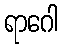
ရာဂေါ